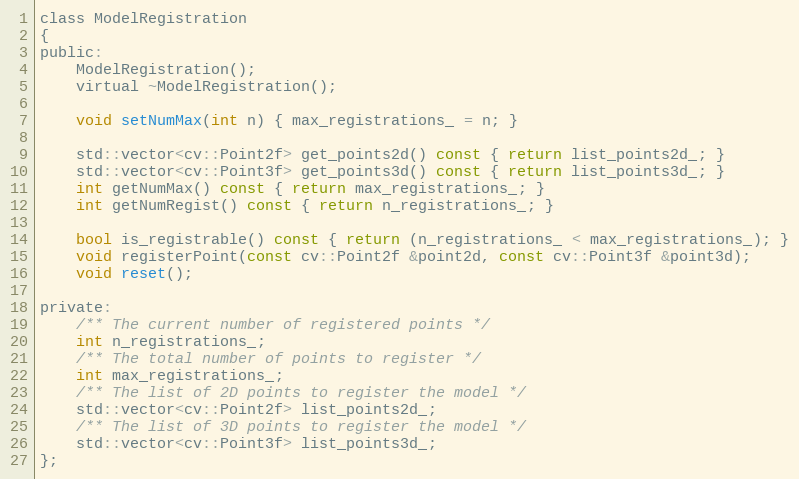
Language: C
class ModelRegistration
{
public:
    ModelRegistration();
    virtual ~ModelRegistration();

    void setNumMax(int n) { max_registrations_ = n; }

    std::vector<cv::Point2f> get_points2d() const { return list_points2d_; }
    std::vector<cv::Point3f> get_points3d() const { return list_points3d_; }
    int getNumMax() const { return max_registrations_; }
    int getNumRegist() const { return n_registrations_; }

    bool is_registrable() const { return (n_registrations_ < max_registrations_); }
    void registerPoint(const cv::Point2f &point2d, const cv::Point3f &point3d);
    void reset();

private:
    /** The current number of registered points */
    int n_registrations_;
    /** The total number of points to register */
    int max_registrations_;
    /** The list of 2D points to register the model */
    std::vector<cv::Point2f> list_points2d_;
    /** The list of 3D points to register the model */
    std::vector<cv::Point3f> list_points3d_;
};